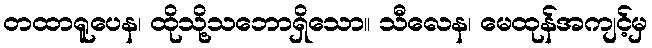
တထာရူပေန၊ ထိုသို့သဘောရှိသော။ သီလေန၊ မေထုန်အကျင့်မှ